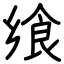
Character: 飨